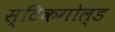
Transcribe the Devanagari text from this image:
स्टिकगोल्ड